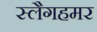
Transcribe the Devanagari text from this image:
स्लैगहमर